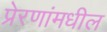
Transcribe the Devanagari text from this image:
प्रेरणांमधील